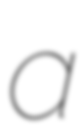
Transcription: a